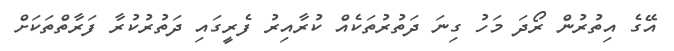
އޭގެ އިތުރުން ރޯދަ މަހު ގިނަ ދަތުރުތަކެއް ކުރާއިރު ފެރީގައި ދަތުރުކުރާ ފަރާތްތަކަށް